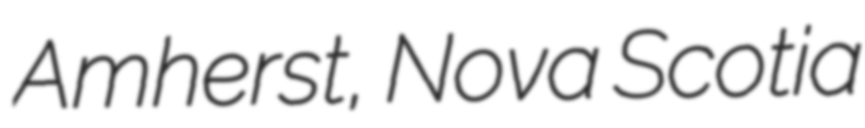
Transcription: Amherst, Nova Scotia